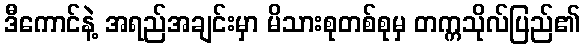
ဒီကောင်နဲ့ အရည်အချင်းမှာ မိသားစုတစ်စုမှ တက္ကသိုလ်ပြည်၏